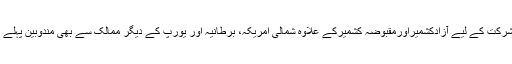
ویک کی تقریبات میں شرکت کے لیے آزادکشمیراورمقبوضہ کشمیرکے علاوہ شمالی امریکہ، برطانیہ اور یورپ کے دیگر ممالک سے بھی مندوبین پہلے ہی برسلزپہنچ گئے ہیں۔